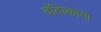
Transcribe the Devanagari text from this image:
दोंदाकाया